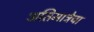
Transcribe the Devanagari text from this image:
अतिमात्रेचा